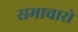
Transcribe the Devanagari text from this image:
समाचारो